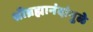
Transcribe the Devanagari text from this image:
श्रीब्रह्मानंदांमुळे